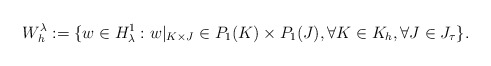
\begin{align*}W_h^{\lambda} := \{ w \in H_{\lambda}^1: w|_{K \times J} \in P_1(K) \times P_1(J), \forall K \in K_h, \forall J \in J_{\tau} \}. \end{align*}